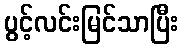
ပွင့်လင်းမြင်သာပြီး